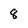
Character: 8